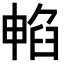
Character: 𭧁